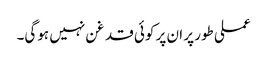
عملی طور پر ان پر کوئی قد غن نہیں ہوگی۔